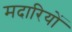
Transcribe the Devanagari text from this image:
मदारियों